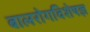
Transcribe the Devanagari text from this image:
बालरोगविशेषज्ञ